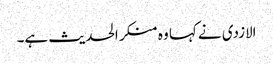
الازدی نے کہا وہ منکر الحدیث ہے۔